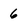
Character: 6